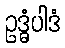
ဥဒ္ဓံပါဒံ